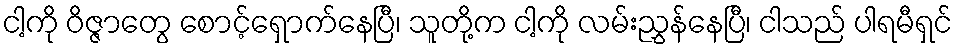
ငါ့ကို ဝိဇ္ဇာတွေ စောင့်ရှောက်နေပြီ၊ သူတို့က ငါ့ကို လမ်းညွှန်နေပြီ၊ ငါသည် ပါရမီရှင်